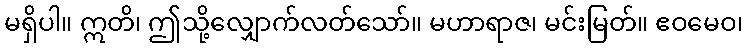
မရှိပါ။ ဣတိ၊ ဤသို့လျှောက်လတ်သော်။ မဟာရာဇ၊ မင်းမြတ်။ ဧဝမေဝ၊